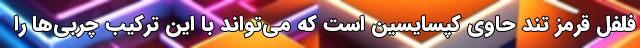
فلفل قرمز تند حاوی کپسایسین است که می‌تواند با این ترکیب چربی‌ها را